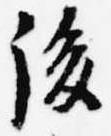
後